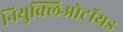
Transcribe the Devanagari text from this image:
नियुक्लिओटॉयड